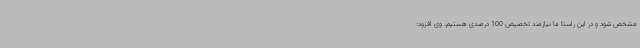
مشخص شود و در این راستا ما نیازمند تخصیص 100 درصدی هستیم. وی افزود: